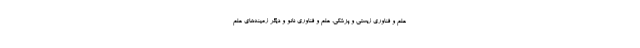
علم و فناوری زیستی و پزشکی، علم و فناوری نانو و دیگر زمینه‌های علم